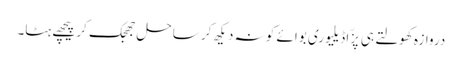
دروازہ کھولتے ہی پِزّا ڈیلیوری بوائے کو نہ دیکھ کر ساحل جھجک کر پیچھے ہٹا۔